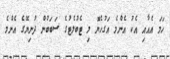
ހަމަ އެއާއި އެކު އެންމެ އަގުހެޔޮ މި ޓެބުލެޓުގެ ސަބަބުން ދުނިޔޭގެ އެންމެ